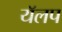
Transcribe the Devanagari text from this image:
यॅलप